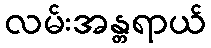
လမ်းအန္တရာယ်